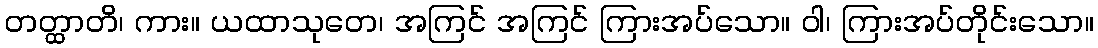
တတ္ထာတိ၊ ကား။ ယထာသုတေ၊ အကြင် အကြင် ကြားအပ်သော။ ဝါ၊ ကြားအပ်တိုင်းသော။